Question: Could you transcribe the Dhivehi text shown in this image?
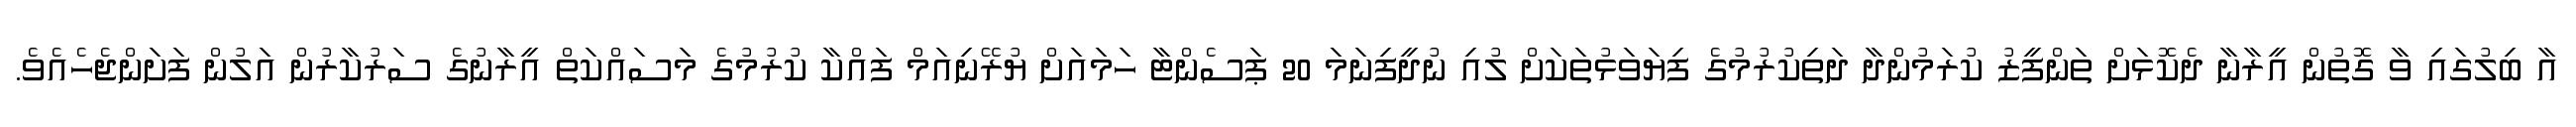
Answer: އާ ބިލުގައި ވާ ގޮތުން އީރާނާ ދެކޮޅަށް ތަންފީޒު ކުރަމުންދާ ދަތިކުރުމުގެ ފިޔަވަޅުތަކަށް ލުއި ނުދީފިނަމަ 20 ޕަސެންޓާ ހަމައަށް ޔުރޭނިއަމް ފައްކާ ކުރުމުގެ މަސައްކަތް އީރާނުގެ ސަރުކާރުން އަލުން ފަށަންޖެހެއެވެ.